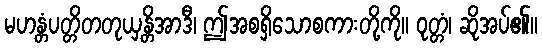
မဟန္တံပတ္တိတတုယှန္တိအာဒီ၊ ဤအစရှိသောစကားတို့ကို။ ဝုတ္တံ၊ ဆိုအပ်၏။